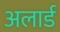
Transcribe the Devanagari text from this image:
अलार्ड